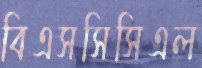
বিএসসিসিএল